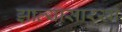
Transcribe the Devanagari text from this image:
झाल्यासारखा